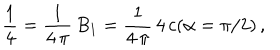
LaTeX: \frac { 1 } { 4 } = \frac { 1 } { 4 \, \pi } \, B _ { 1 } = \frac { 1 } { 4 \, \pi } \, 4 \, c ( \alpha = \pi / 2 ) \, { , }